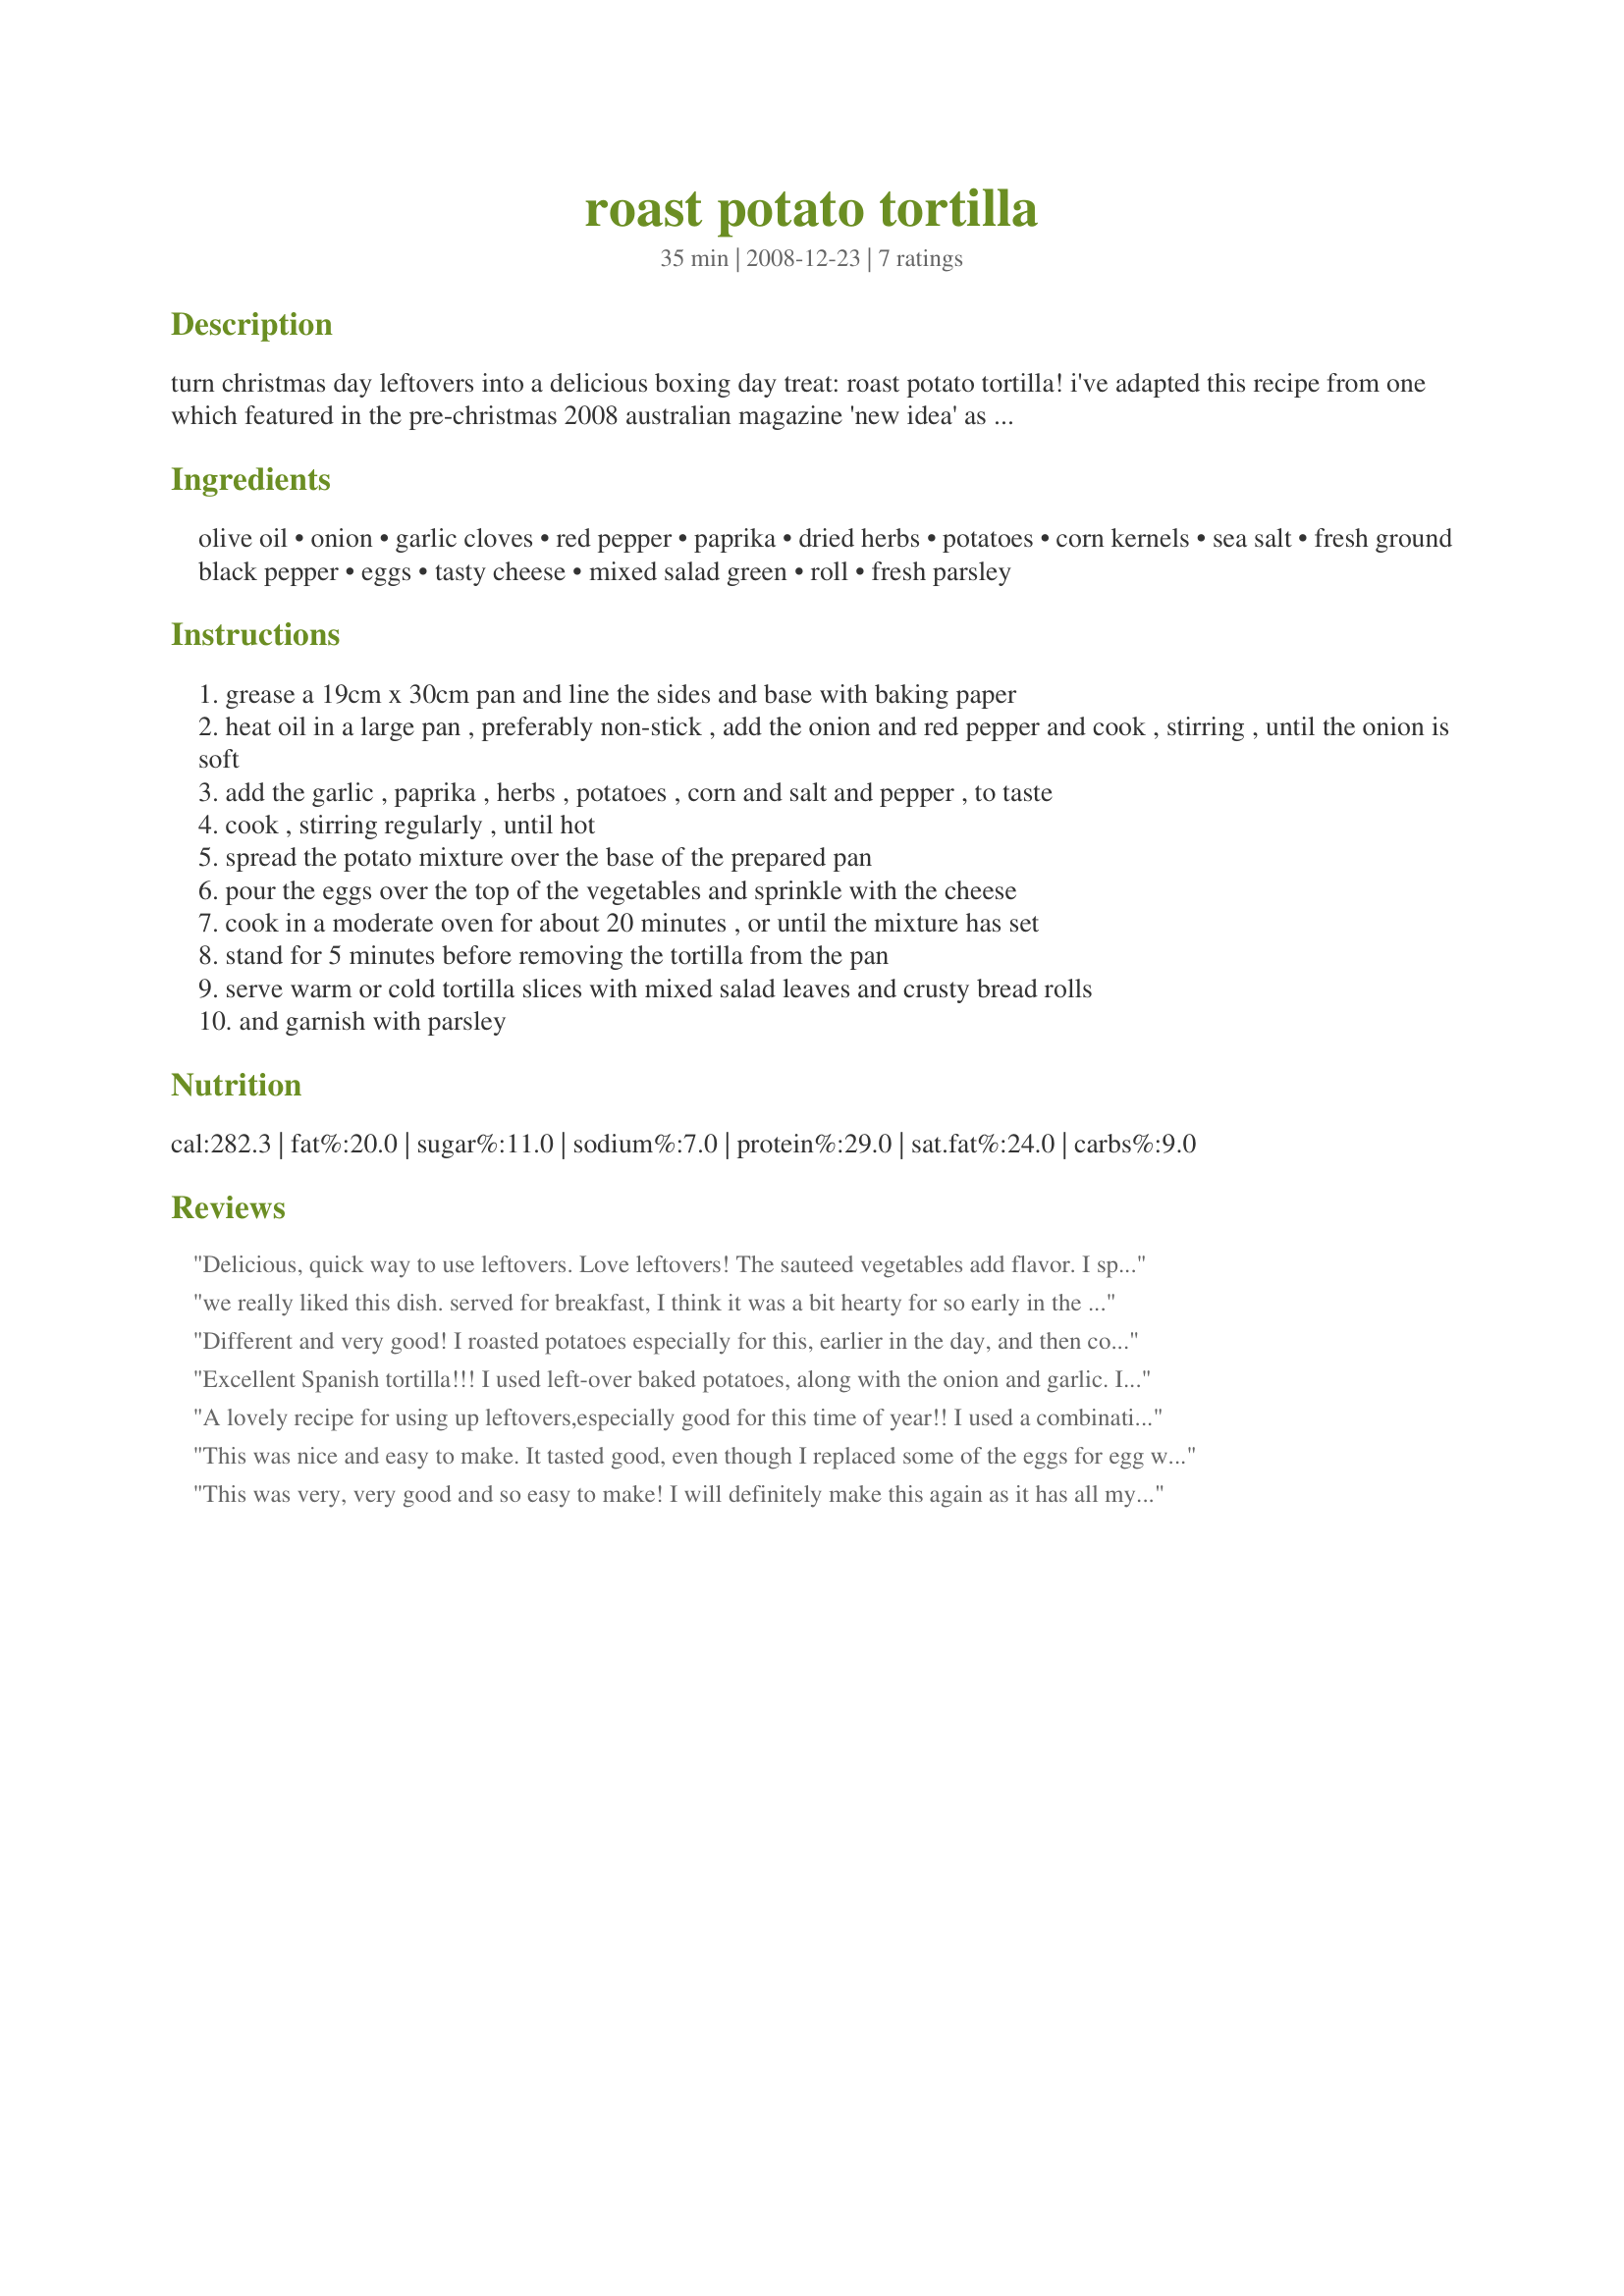
roast potato tortilla
Preparation time: 35 minutes

turn christmas day leftovers into a delicious boxing day treat: roast potato tortilla! i've adapted this recipe from one which featured in the pre-christmas 2008 australian magazine 'new idea' as an excellent way to give new life to leftover roast potatoes. according to the zaar kitchen dictionary, in spain, the word 'tortilla' refers to a thin omelette, the traditional version of which contains potatoes and spanish onions. that i find intriguing as i've been making something similar for years - raw potato cubed and onion, garlic and herbs - simply dubbed by me as a 'chip omelette'. very unsophisticated but delicious nonetheless. you can, of course, use this recipe at any time of the year to use up leftover roast potatoes or any leftover vegetables: sweet potatoes, zucchinis, mushrooms, peas or corn. with a recipe such as this in your repertoire, you may well want to make extra roast potatoes whenever you're roasting potatoes. traditionally, in spain, roast potato tortilla is served warm or cold. this makes it ideal for picnics, potlucks and take-to-work lunches. untraditionally, if you prefer it warm, it is easily re-heated in the microwave. the other recipes posted from this collection are recipe #345642, recipe #345416, recipe #345446.

Ingredients:
olive oil, onion, garlic cloves, red pepper, paprika, dried herbs, potatoes, corn kernels, sea salt, fresh ground black pepper, eggs, tasty cheese, mixed salad green, roll, fresh parsley

Steps:
grease a 19cm x 30cm pan and line the sides and base with baking paper
heat oil in a large pan , preferably non-stick , add the onion and red pepper and cook , stirring , until the onion is soft
add the garlic , paprika , herbs , potatoes , corn and salt and pepper , to taste
cook , stirring regularly , until hot
spread the potato mixture over the base of the prepared pan
pour the eggs over the top of the vegetables and sprinkle with the cheese
cook in a moderate oven for about 20 minutes , or until the mixture has set
stand for 5 minutes before removing the tortilla from the pan
serve warm or cold tortilla slices with mixed salad leaves and crusty bread rolls
and garnish with parsley

Reviews:
Delicious, quick way to use leftovers. Love leftovers! The sauteed vegetables add flavor. I sprinkled oregano onto the vegetable mixture, added some leftover ham, and stirred in chopped spinach before pouring the egg mixture on. Thank you for a wonderful dinner! Made for PRMR.
we really liked this dish. served for breakfast, I think it was a bit hearty for so early in the morning, so next time I'll serve for dinner. I didn't have leftover potatoes, so just boiled them last night, so they would be ready this morning. Tagged in the newest forum.
Different and very good!

I roasted potatoes especially for this, earlier in the day, and then cooked it in the evening, using the suggested ingredients, for a simple but delicious meal.

Simple to prepare, I put it together whilst doing the ironing at the same time, a good dish for multi-taskers!

It was lovely hot, and I saved a piece for my office lunch, so I can tell you it is just as good cold!

Thank you for a good recipe, Bluemoon!
Excellent Spanish tortilla!!! I used left-over baked potatoes, along with the onion and garlic. I didn't have any red bellpepper on hand, but this is the type of recipe you can add vegetables or meats of choice. I made it for a serving for one for a hearty lunch today. I used a small skillet and added 1/2 of the olive oil and 1/2 butter to add more flavor. I then added the onion and potatoes along with some seasoned salt and pepper. I then added the garlic for a minute or so and then the eggs/cheese mixture. (I scrambled them and added the cheese in with them). I then put this pan in the oven for 15-20 minutes and it was very flavorful but simple tortilla!! Thanks for sharing bluemoon. Made for PRMR.
A lovely recipe for using up leftovers,especially good for this time of year!! I used a combination of roasted parsnips and potatoes,and threw some mushrooms in too.It was a really tasty late breakfast dish that we enjoyed very much.Thanks BlueMoon,for another easy and delicious recipe.
This was nice and easy to make. It tasted good, even though I replaced some of the eggs for egg whites. Thanks!
This was very, very good and so easy to make! I will definitely make this again as it has all my favorite ingredients!

Thanks for sharing Bluemoondownunder!

Made for Ali Baba Babes for ZWT 5.
